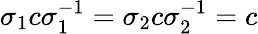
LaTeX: \sigma_{1}c\sigma_{1}^{-1}=\sigma_{2}c\sigma_{2}^{-1}=c